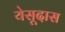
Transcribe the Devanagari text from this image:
येसूदास